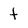
Character: t